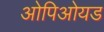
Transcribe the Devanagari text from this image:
ओपिओयड